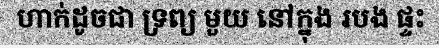
ហាក់ដូចជា ទ្រព្យ មួយ នៅក្នុង របង ផ្ទះ